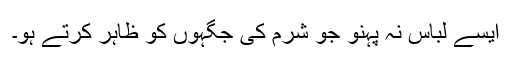
ایسے لباس نہ پہنو جو شرم کی جگہوں کو ظاہر کرتے ہو۔